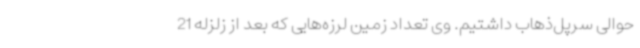
حوالی سرپل‌ذهاب داشتیم. وی تعداد زمین لرزه‌هایی که بعد از زلزله 21